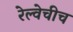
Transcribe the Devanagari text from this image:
रेल्वेचीच